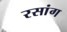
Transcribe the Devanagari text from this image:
रसांग